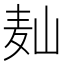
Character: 𱋆